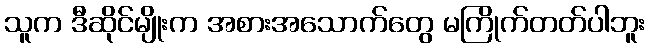
သူက ဒီဆိုင်မျိုးက အစားအသောက်တွေ မကြိုက်တတ်ပါဘူး